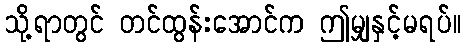
သို့ရာတွင် တင်ထွန်းအောင်က ဤမျှနှင့်မရပ်။